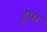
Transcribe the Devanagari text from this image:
हूपा